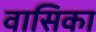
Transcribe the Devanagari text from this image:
वासिका